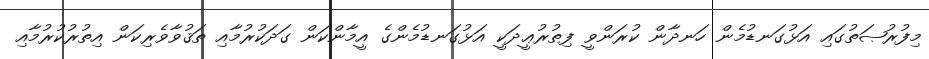
މިފުރުޞަތުގައި އަޅުގަނޑުމެން ހަނދާން ކުރަންވީ ފިޠުރުޢީދަކީ އަޅުގަނޑުމެންގެ އީމާންކަން ގަދަކުރުމާއި ތަޤުވާވެރިކަން އިތުރުކުރުމާއި